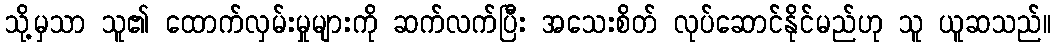
သို့မှသာ သူ၏ ထောက်လှမ်းမှုများကို ဆက်လက်ပြီး အသေးစိတ် လုပ်ဆောင်နိုင်မည်ဟု သူ ယူဆသည်။